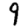
Digit: 9